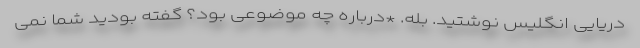
دریایی انگلیس نوشتید. بله. *درباره چه موضوعی بود؟ گفته بودید شما نمی